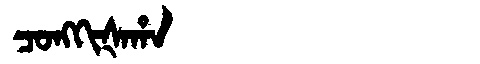
Manchu: ᠴᠣᠩᡴᡳᡧᠠᡥᠠ
Romanization: CONGKIŠAHA